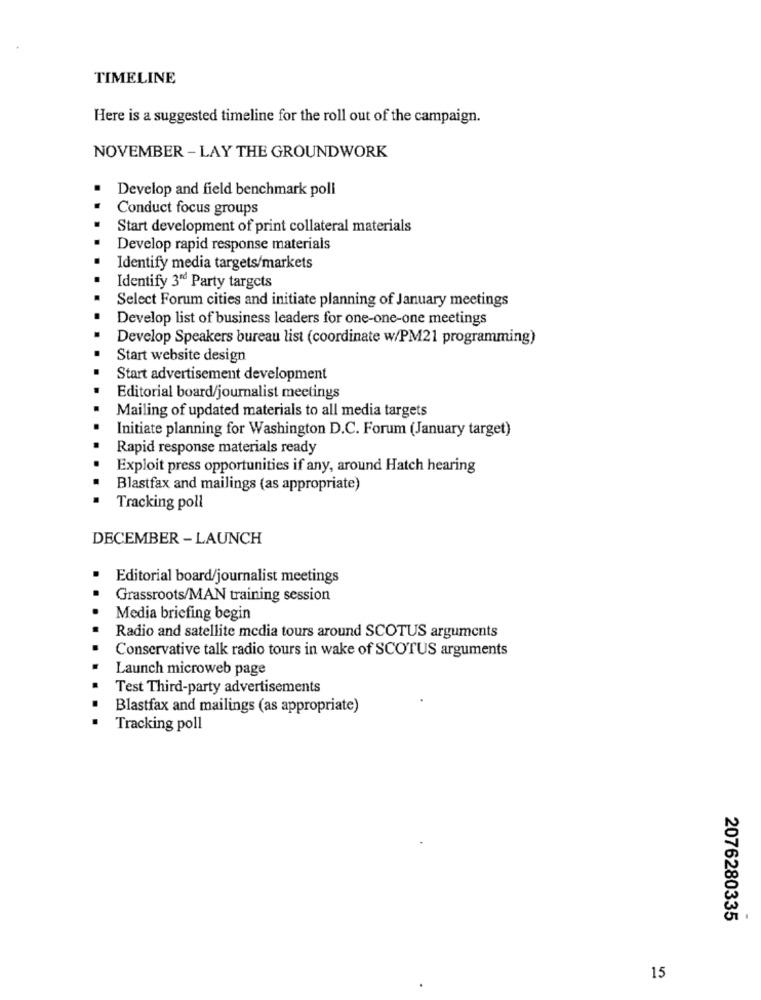
TIMELINE
Here is a suggested timeline for the roll out of the campaign.
NOVEMBER - LAY THE GROUNDWORK
Develop and field benchmark poll
Conduct focus groups
Start development of print collateral materials
Develop rapid response materials
Identify media targets/markets
Identify 3rd Party targets
Select Forum cities and initiate planning of January meetings
Develop list of business leaders for one-one-one meetings
Develop Speakers bureau list (coordinate w/PM21 programming)
Start website design
Start advertisement development
Editorial board/journalist meetings
Mailing of updated materials to all media targets
Initiate planning for Washington D.C. Forum (January target)
Rapid response materials ready
Exploit press opportunities if any, around Hatch hearing
Blastfax and mailings (as appropriate)
Tracking poll
DECEMBER - LAUNCH
Editorial board/journalist meetings
Grassroots/MAN training session
Media briefing begin
Radio and satellite media tours around SCOTUS arguments
Conservative talk radio tours in wake of SCOTUS arguments
Launch microweb page
Test Third-party advertisements
Blastfax and mailings (as appropriate)
Tracking poll
2076280335
15